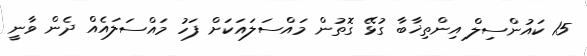
15 ކައުންސިލް އިންތިޚާބާ ގުޅޭ ގޮތުން މައްސަލައަކަށް ފަހު މައްސަލައެއް ދެން ވާނީ